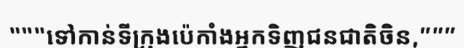
"""ទៅកាន់ទីក្រុងប៉េកាំងអ្នកទិញជនជាតិចិន,"""